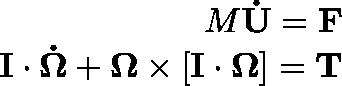
\begin{array} { r } { M \mathbf { \dot { U } } = \mathbf { F } } \\ { \mathbf { I } \cdot \mathbf { \dot { \Omega } } + \mathbf { \Omega } \times [ \mathbf { I } \cdot \mathbf { \Omega } ] = \mathbf { T } } \end{array}